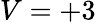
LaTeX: V=+3